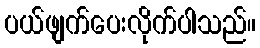
ပယ်ဖျက်ပေးလိုက်ပါသည်။